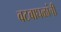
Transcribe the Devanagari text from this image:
वटवाघळांची